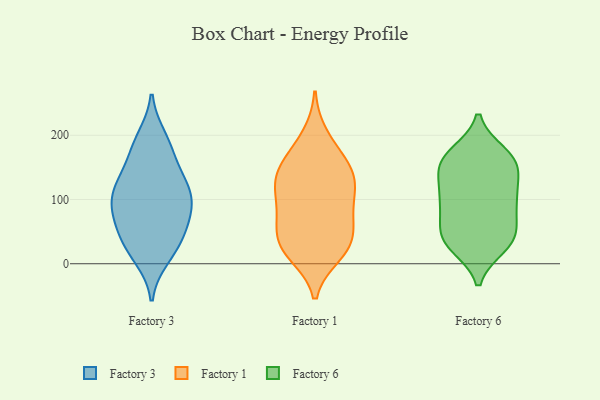
{"axis": {"x": "Website Visitors", "y": "Value"}, "legend": ["Factory 1", "Factory 3", "Factory 6"], "data": [{"x": "", "y": 122, "type": "Factory 3"}, {"x": "", "y": 80, "type": "Factory 3"}, {"x": "", "y": 195, "type": "Factory 3"}, {"x": "", "y": 11, "type": "Factory 3"}, {"x": "", "y": 96, "type": "Factory 3"}, {"x": "", "y": 61, "type": "Factory 3"}, {"x": "", "y": 47, "type": "Factory 3"}, {"x": "", "y": 121, "type": "Factory 3"}, {"x": "", "y": 28, "type": "Factory 3"}, {"x": "", "y": 171, "type": "Factory 3"}, {"x": "", "y": 99, "type": "Factory 3"}, {"x": "", "y": 137, "type": "Factory 3"}, {"x": "", "y": 112, "type": "Factory 3"}, {"x": "", "y": 25, "type": "Factory 3"}, {"x": "", "y": 184, "type": "Factory 3"}, {"x": "", "y": 73, "type": "Factory 3"}, {"x": "", "y": 162, "type": "Factory 1"}, {"x": "", "y": 130, "type": "Factory 1"}, {"x": "", "y": 15, "type": "Factory 1"}, {"x": "", "y": 25, "type": "Factory 1"}, {"x": "", "y": 25, "type": "Factory 1"}, {"x": "", "y": 144, "type": "Factory 1"}, {"x": "", "y": 72, "type": "Factory 1"}, {"x": "", "y": 73, "type": "Factory 1"}, {"x": "", "y": 117, "type": "Factory 1"}, {"x": "", "y": 65, "type": "Factory 1"}, {"x": "", "y": 130, "type": "Factory 1"}, {"x": "", "y": 199, "type": "Factory 1"}, {"x": "", "y": 27, "type": "Factory 1"}, {"x": "", "y": 94, "type": "Factory 1"}, {"x": "", "y": 124, "type": "Factory 1"}, {"x": "", "y": 37, "type": "Factory 1"}, {"x": "", "y": 167, "type": "Factory 1"}, {"x": "", "y": 98, "type": "Factory 6"}, {"x": "", "y": 31, "type": "Factory 6"}, {"x": "", "y": 102, "type": "Factory 6"}, {"x": "", "y": 172, "type": "Factory 6"}, {"x": "", "y": 157, "type": "Factory 6"}, {"x": "", "y": 34, "type": "Factory 6"}, {"x": "", "y": 100, "type": "Factory 6"}, {"x": "", "y": 98, "type": "Factory 6"}, {"x": "", "y": 27, "type": "Factory 6"}, {"x": "", "y": 85, "type": "Factory 6"}, {"x": "", "y": 127, "type": "Factory 6"}, {"x": "", "y": 57, "type": "Factory 6"}, {"x": "", "y": 166, "type": "Factory 6"}, {"x": "", "y": 31, "type": "Factory 6"}, {"x": "", "y": 51, "type": "Factory 6"}, {"x": "", "y": 51, "type": "Factory 6"}, {"x": "", "y": 138, "type": "Factory 6"}, {"x": "", "y": 146, "type": "Factory 6"}, {"x": "", "y": 168, "type": "Factory 6"}, {"x": "", "y": 160, "type": "Factory 6"}]}